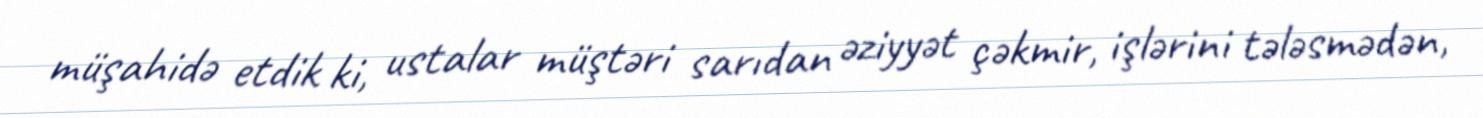
müşahidə etdik ki, ustalar müştəri sarıdan əziyyət çəkmir, işlərini tələsmədən,